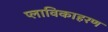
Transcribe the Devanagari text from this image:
प्लाविकाहरण